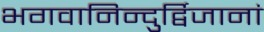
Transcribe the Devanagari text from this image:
भगवानिन्दुर्द्विजानां